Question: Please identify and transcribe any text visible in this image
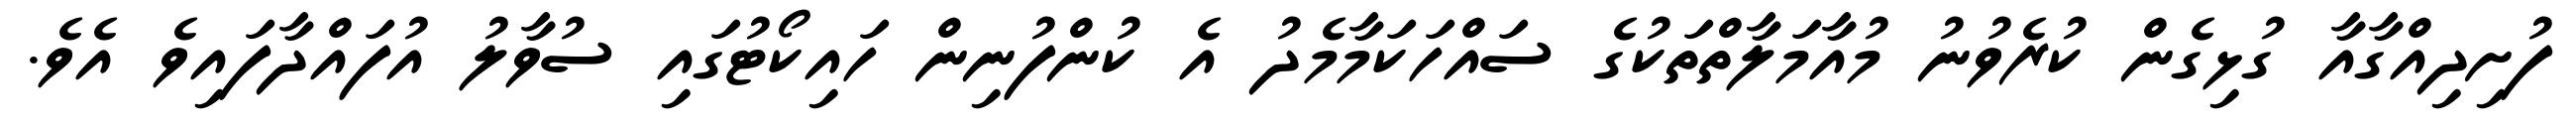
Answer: ފުށިދިއްގާއާ ގުޅިގެން ކުރެވުނު މުއާމަލާތްތަކުގެ ސައްހަކަމާމެދު އެ ކުންފުނިން ހައިކޯޓުގައި ސުވާލު އުފައްދާފައިވެ އެވެ.